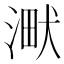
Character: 𣸋